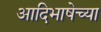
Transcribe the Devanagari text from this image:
आदिभाषेच्या